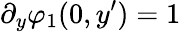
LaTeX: \partial_{y}\varphi_{1}(0,y^{\prime})=1